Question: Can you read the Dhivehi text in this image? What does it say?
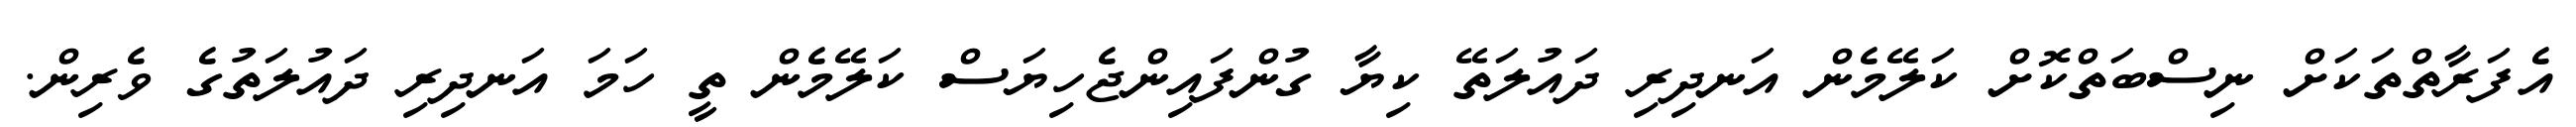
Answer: އެފަރާތްތަކަށް ނިސްބަތްކޮށް ކަލޭމެން އަނދިރި ދައުލަތޭ ކިޔާ ގުންފައިންޖެހިޔަސް ކަލޭމެން ތީ ހަމަ އަނދިރި ދައުލަތުގެ ވެރިން.